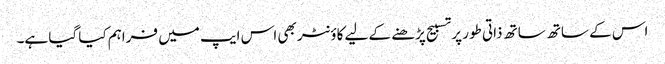
اس کے ساتھ ساتھ ذاتی طور پر تسبیح پڑھنے کے لیے کاؤنٹر بھی اس ایپ میں فراہم کیا گیا ہے۔